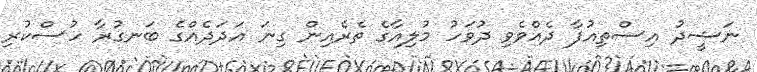
ނަޝީދު އިސްތިއުފާ ދެއްވެވި ދުވަހު މުލިއާގެ ތެރެއިން ގިނަ އަދަދެއްގެ ބަނގުރާ ހުސްކުރި